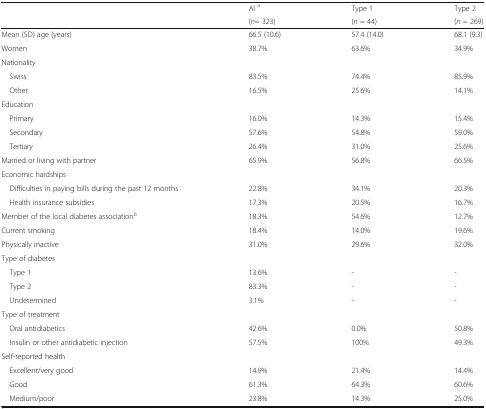
<table><thead><tr><td rowspan="2"></td><td><b>Al <sup>a</sup></b></td><td><b>Type 1</b></td><td><b>Type 2</b></td></tr><tr><td><b>(<i>n</i>= 323)</b></td><td><b>(<i>n</i> = 44)</b></td><td><b>(<i>n</i> = 269)</b></td></tr></thead><tbody><tr><td>Mean (SD) age (years)</td><td>66.5 (10.6)</td><td>57.4 (14.0)</td><td>68.1 (9.3)</td></tr><tr><td>Women</td><td>38.7%</td><td>63.6%</td><td>34.9%</td></tr><tr><td colspan="4">Nationality</td></tr><tr><td> Swiss</td><td>83.5%</td><td>74.4%</td><td>85.9%</td></tr><tr><td> Other</td><td>16.5%</td><td>25.6%</td><td>14.1%</td></tr><tr><td colspan="4">Education</td></tr><tr><td> Primary</td><td>16.0%</td><td>14.3%</td><td>15.4%</td></tr><tr><td> Secondary</td><td>57.6%</td><td>54.8%</td><td>59.0%</td></tr><tr><td> Tertiary</td><td>26.4%</td><td>31.0%</td><td>25.6%</td></tr><tr><td>Married or living with partner</td><td>65.9%</td><td>56.8%</td><td>66.5%</td></tr><tr><td colspan="4">Economic hardships</td></tr><tr><td> Difficulties in paying bills during the past 12 months</td><td>22.8%</td><td>34.1%</td><td>20.3%</td></tr><tr><td> Health insurance subsidies</td><td>17.3%</td><td>20.5%</td><td>16.7%</td></tr><tr><td>Member of the local diabetes association<sup>b</sup></td><td>18.3%</td><td>54.6%</td><td>12.7%</td></tr><tr><td>Current smoking</td><td>18.4%</td><td>14.0%</td><td>19.6%</td></tr><tr><td>Physically inactive</td><td>31.0%</td><td>29.6%</td><td>32.0%</td></tr><tr><td colspan="4">Type of diabetes</td></tr><tr><td> Type 1</td><td>13.6%</td><td>-</td><td>-</td></tr><tr><td> Type 2</td><td>83.3%</td><td>-</td><td>-</td></tr><tr><td> Undetermined</td><td>3.1%</td><td>-</td><td>-</td></tr><tr><td colspan="4">Type of treatment</td></tr><tr><td> Oral antidiabetics</td><td>42.6%</td><td>0.0%</td><td>50.8%</td></tr><tr><td> Insulin or other antidiabetic injection</td><td>57.5%</td><td>100%</td><td>49.3%</td></tr><tr><td colspan="4">Self-reported health</td></tr><tr><td> Excellent/very good</td><td>14.9%</td><td>21.4%</td><td>14.4%</td></tr><tr><td> Good</td><td>61.3%</td><td>64.3%</td><td>60.6%</td></tr><tr><td> Medium/poor</td><td>23.8%</td><td>14.3%</td><td>25.0%</td></tr></tbody></table>